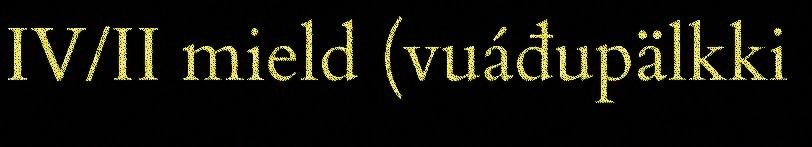
IV/II mield (vuáđupälkki